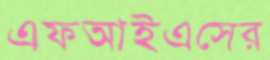
এফআইএসের